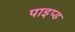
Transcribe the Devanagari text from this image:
पाइप्ड